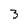
Character: 3